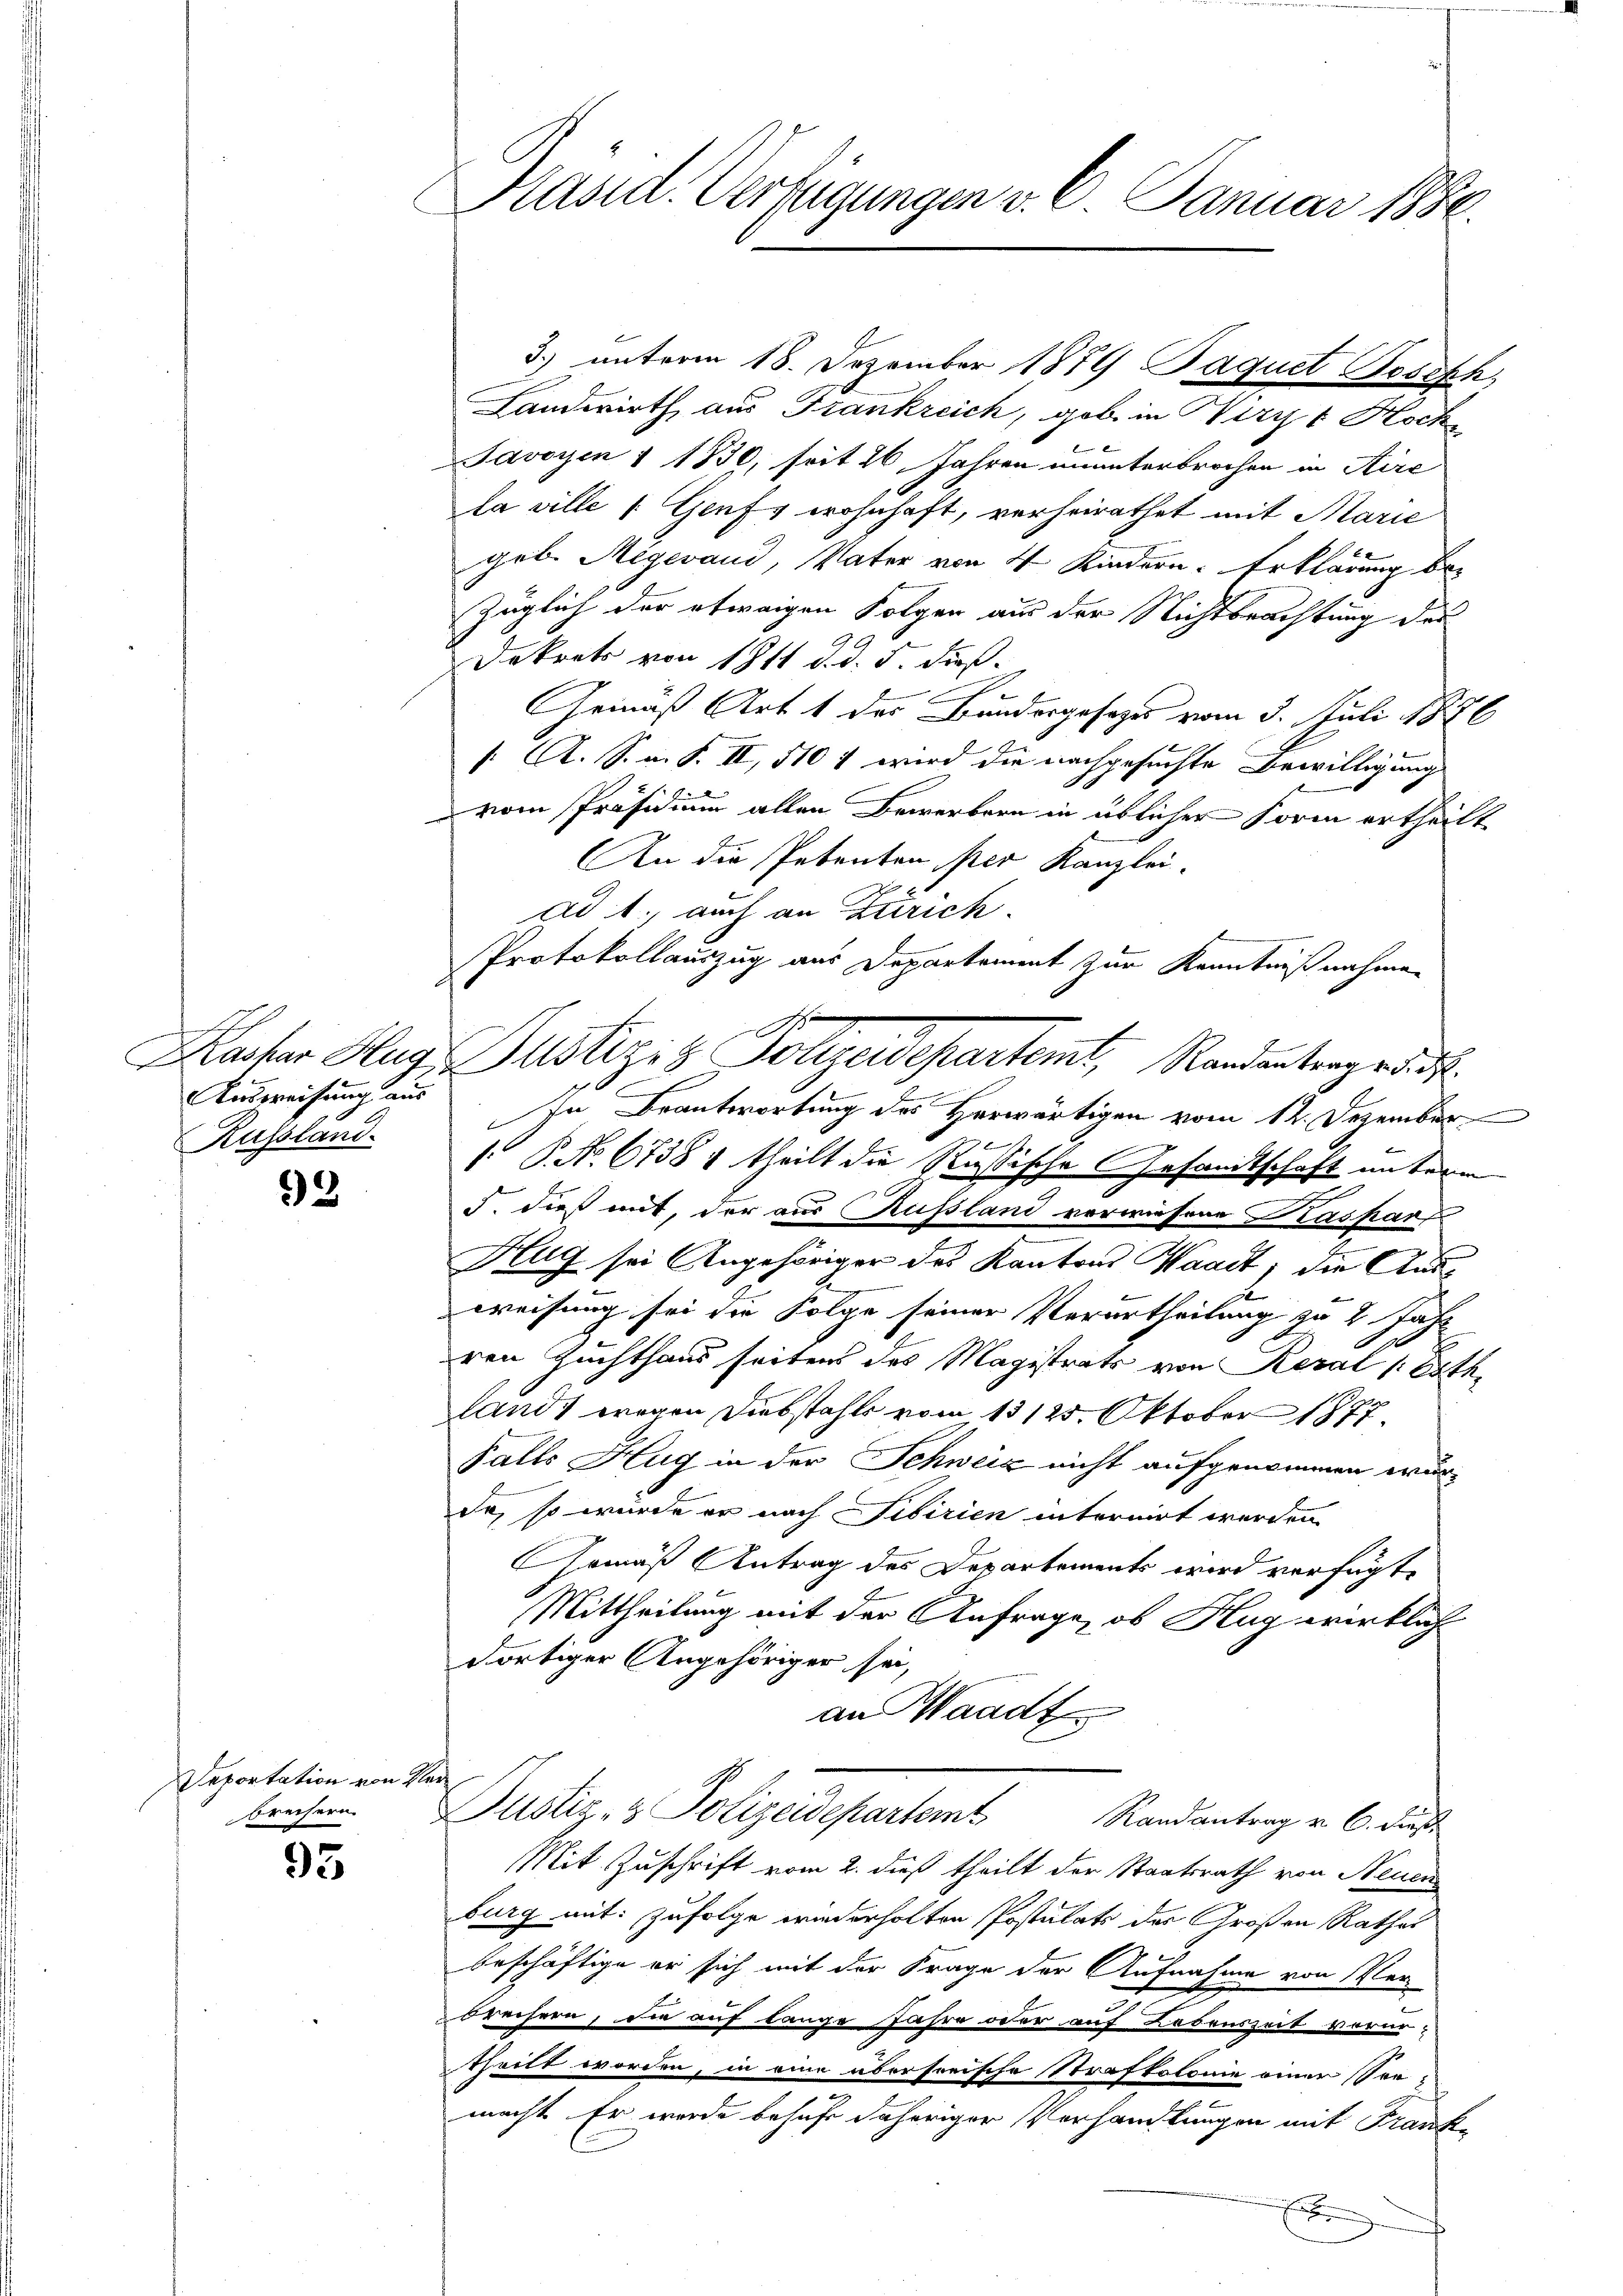
Ausweisung aus
Russland.

93

Deportation von Ver

95

Präsid. Verfügungen v. 6. Januar 1880.

3.) unterm 18. Dezember 1879 Paquet Beseph,
Landwirth, aus Frankreich, geb. in Wirz & Hoch¬
Javoyen 1 1830, seit 26 Jahren ununterbrochen in Aire
la ville 1. Genf, wohnhaft, verheirathet mit Marie
geb. Megerand, Vater von 4 Kindern. Erklärung bei
züglich der etwaigen Folgen aus der Nichtbrachtung der
Dekrets von 1811 d. d. 5. dieß.
Gemäß Art. 1 des Bundesgesezes vom 3. Juli 1876
/ A. S. m. S. II, 510 4 wird die nachgesuchte Bewilligung
vom Präsidium allen Bewerbern in üblicher Form ertheilt.
An die Petenten per Kanzlei.
2
ad 1., auch an Zürich.
Protokollauszug aus Departement zur Kenntnißnahmen
Kacher Hag Justizit Folgendepartemt, Randentergräf
In Beantwortung des Herwärtigen vom 12. Dezember
2ff
. P. No. 6738 1 theilt die Rußische Gesandtschaft unterm
n
J. dieß mit, der aus Russland verwiesene Kaspar
Hug sei Angehöriger des Kantons Waadt, die Ausweisung sei die Folge seiner Verurtheilung zu 2 Jahr
0
ren Zuchthaus seitens des Magistrats von Reval (Rathe
land, wegen Diebstahls vom 13 125. Oktober 1877.
Falls Hug in der Schweiz nicht aufgenommen wur¬
Ja, so würde er nach Sibirien internirt werden.
Gemäß Antrag des Departements wird verfügt
Mittheilung mit der Anfrage, ob Hug wirkliche
dortiger Angehöriger sei,
an Waadt
brecher Justiz- & Polizeidepartemt
Randantrag v. 6. dieß
Mit Zuschrift vom 2. dieß theilt der Staatsrath von Neuen
burg mit: zufolge wiederholten Postulats des Großen Rathar
beschäftige er sich mit der Frage der Aufnahme von Verbrechern, die auf lange Jahre oder auf Lebenszeit vorur-
theilt worden, in eine übersorische Strafkolonie einer Son-
macht. Er wurde behufe daheriger Verhandlungen mit Frank¬